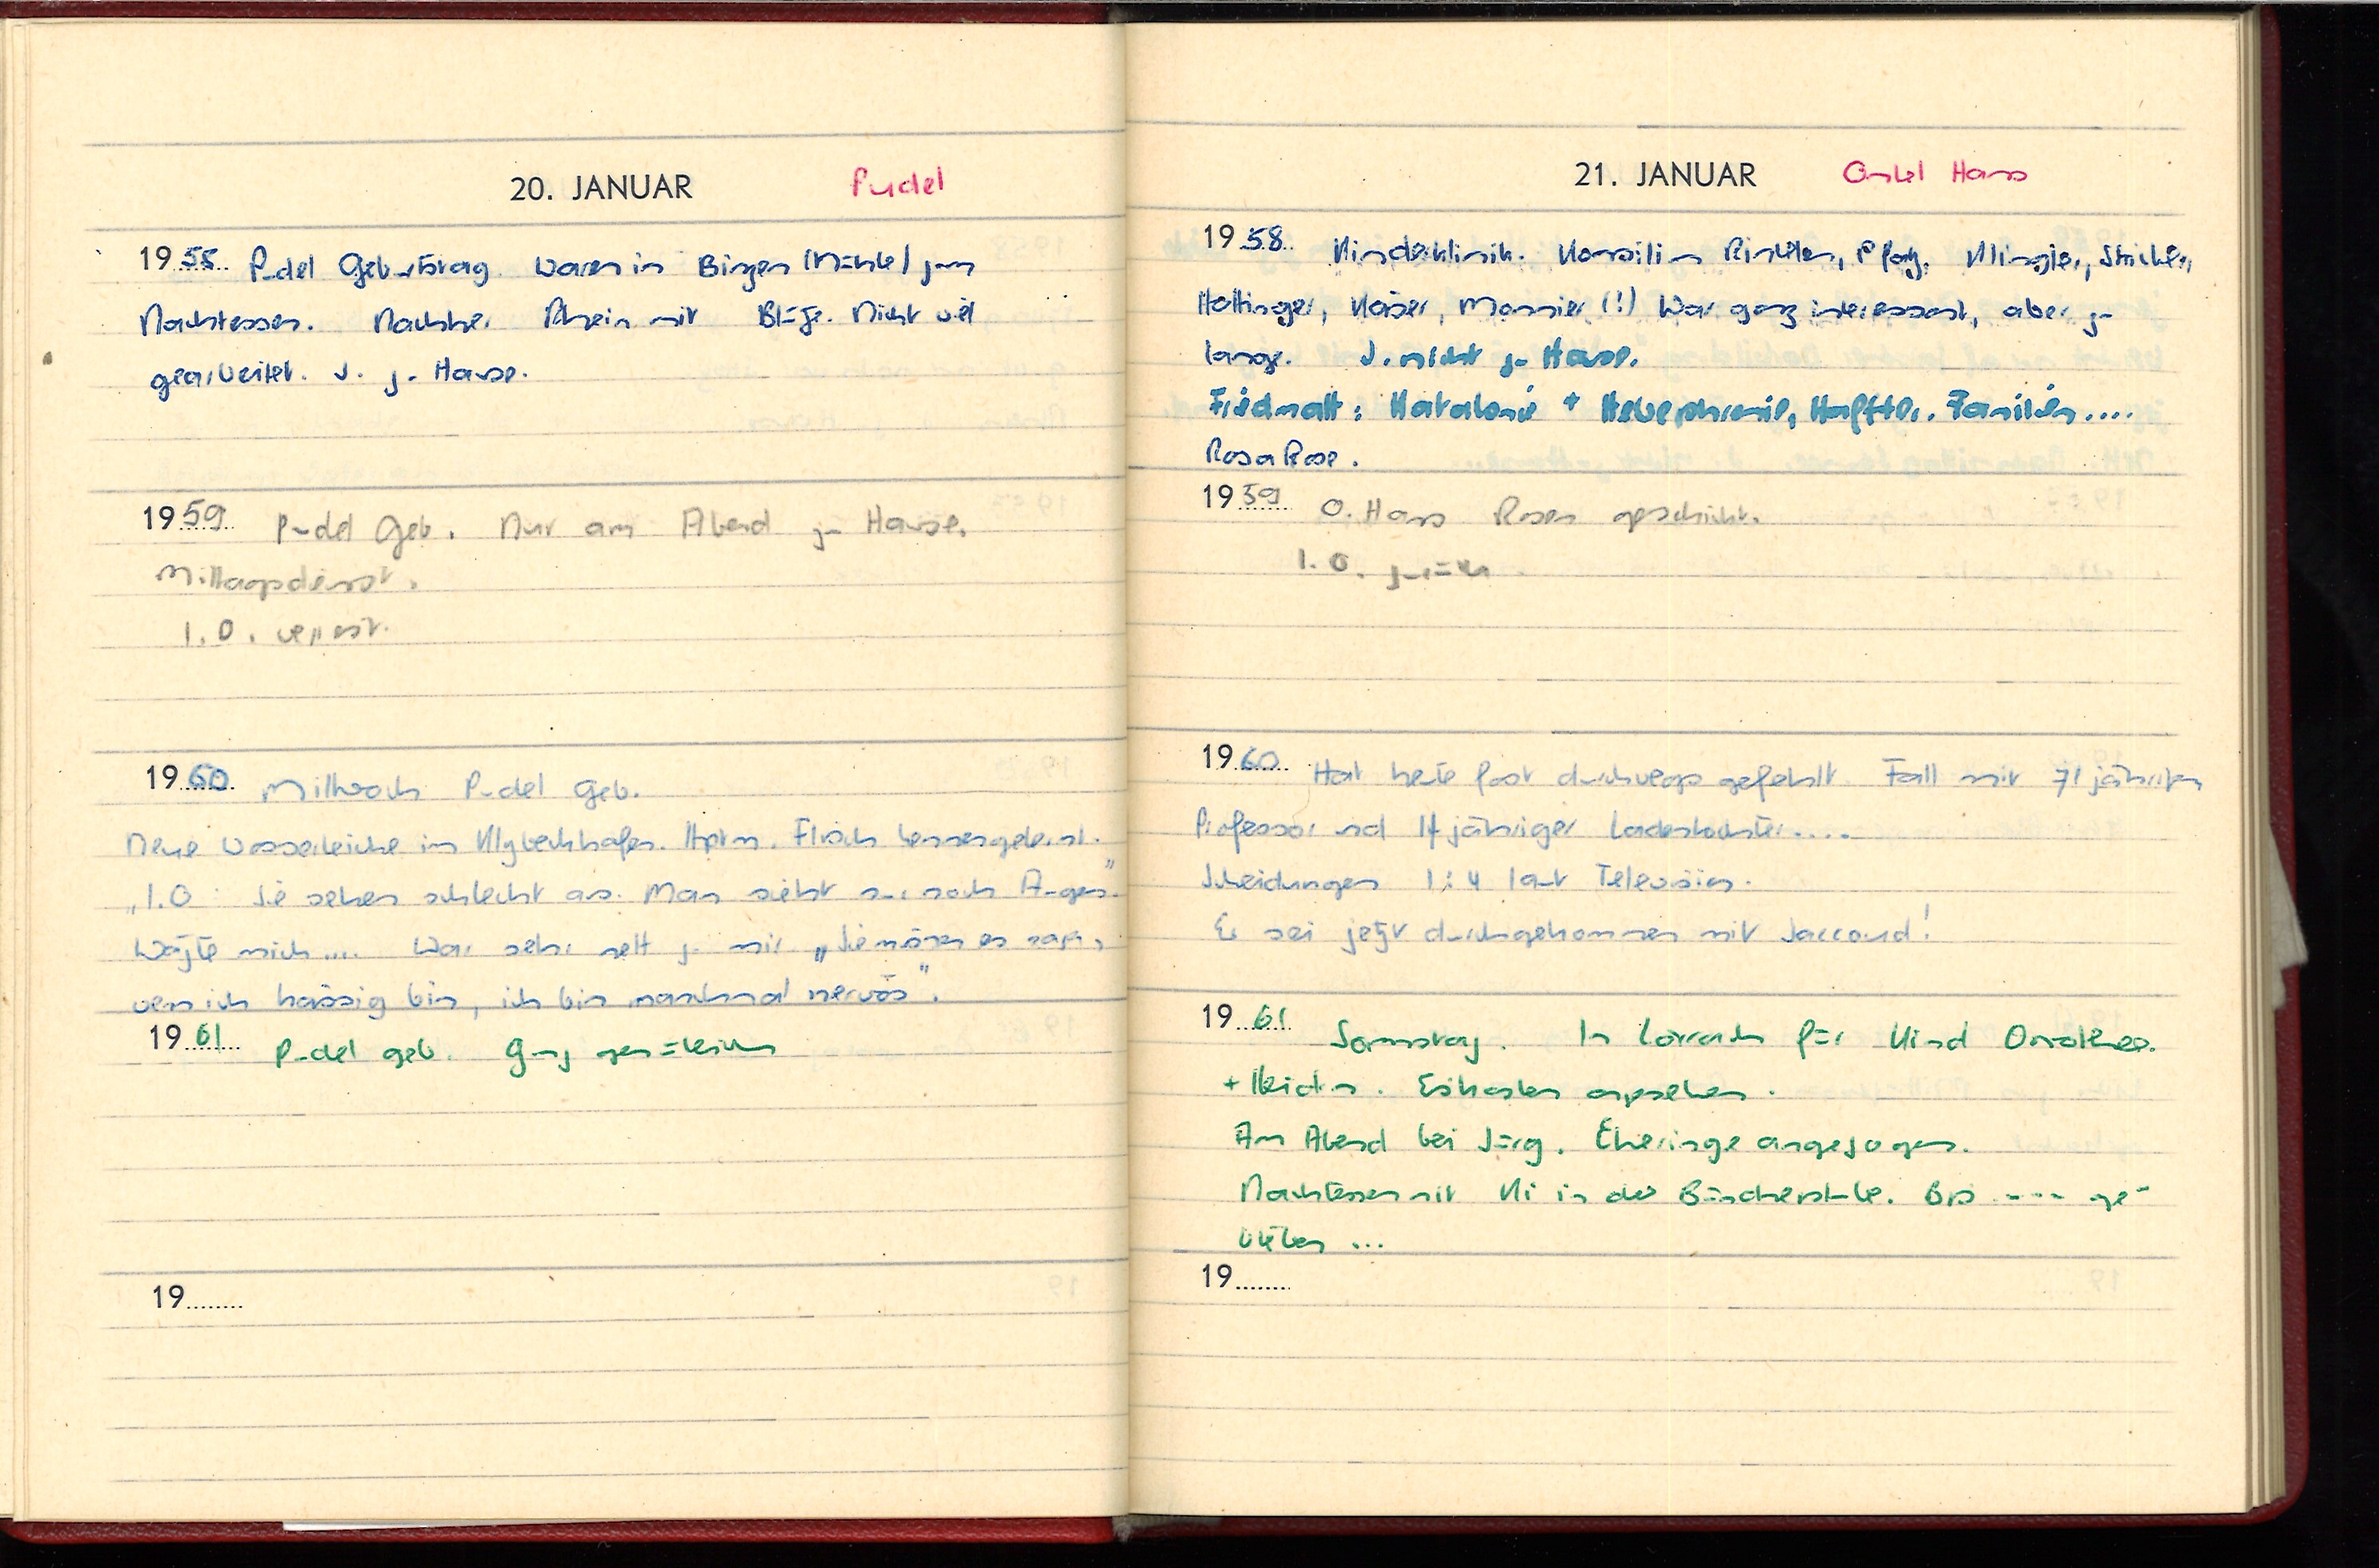
Pudel
20. JANUAR
1958 Pudel Geburtstag. Waren in Bingen (Mühle) zum
Nachtessen. Nachher Rhein mit Blaze. Nicht viel
gearbeitet. J. zu Hause.
1959 Pudel Geb. Nur am Abend zu Hause.
Mittagsdienst.
I. O. verreist.
1960 Mittwoch Pudel Geb.
Neue Wasserleiche im Klybeckhafen. Hptm. Fisch kennengelernt.
„I.O. : Sie sehen schlecht aus. Man sieht nur noch Augen“.
Wägte mich ... War sehr nett zu mir „Sie mögen es nicht“
wenn ich hässig bin, ich bin manchmal nervös“.
1961 Pudel Geb. Ganz gemütlich.
19

21. JANUAR Onkel Hans
1958 Kinderklinik. Konsilium Rinleler, Pforz. Klingler, Strickler,
Hottinger, Kaiser, Mossier (?) War ganz interessant, aber zu
lange. J. nicht zu Hause.
Friedmatt: Katalonie + Hebephrasie, Halfter, Familien ....
Rosa Rose.
1959 O. Hans Rosen geschickt.
I. O. zurück.
1969 Hat heute fast durchwegs gefehlt. Fall mit 71jährigem
Professor und 14jähriger Ladentochter ...
Scheidungen 1:4 laut Television.
Er sei jetzt durchgekommen mit Jaccoud!
1961 Sonntag. In Lörrach für Kind Dorothee
+ Heiden. Eiskasten angesehen
Am Abend bei Jürg. Eheringe angezogen.
Nachtessen mit Ki in der Bündnerstube. Bis ... ge-
blieben ...
19